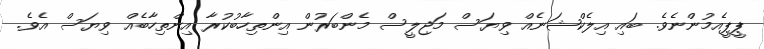
ޕީޕީއެމުންނެވެ. ބައި އިލެކްޝަނެއް ވިޔަސް މަޖިލީސް މެންބަރުން އިންތިހާބުކުރާ އިންތިހާބެއް ވިޔަސް އެވެ.